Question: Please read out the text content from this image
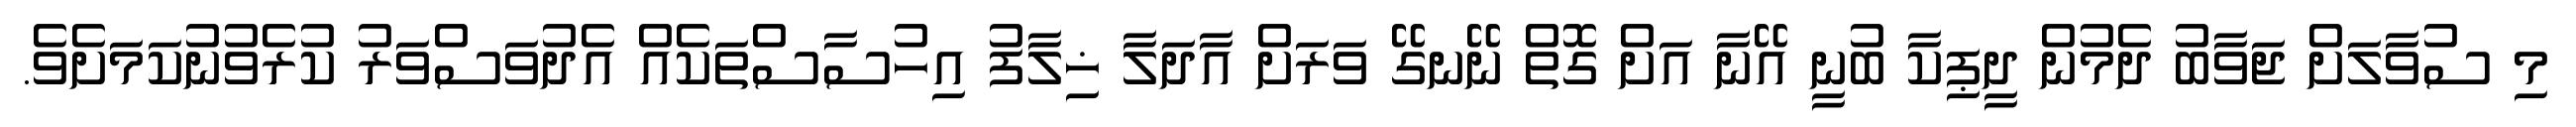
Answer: މި ސުވާލަށް ޖަވާބު ދެމުން ދީޕިކާ ބުނީ އޭނާ އަށް ގޮތް ނޭނގޭ ވަރަށް އާދަލާ ޚިލާފު އިހުސާސްތަކެއް އެދުވަސްވަރު ކުރެވުނުކަމަށެވެ.